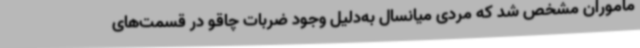
ماموران مشخص شد که مردی میانسال به‌دلیل وجود ضربات چاقو در قسمت‌های